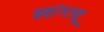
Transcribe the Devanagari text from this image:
ह्वांगज्यू